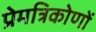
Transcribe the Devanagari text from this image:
प्रेमत्रिकोणों